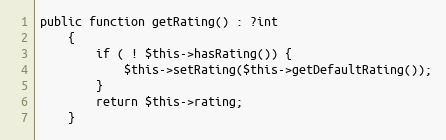
Language: PHP
public function getRating() : ?int
    {
        if ( ! $this->hasRating()) {
            $this->setRating($this->getDefaultRating());
        }
        return $this->rating;
    }